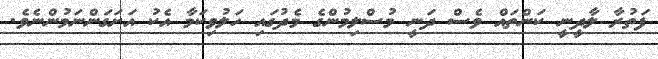
ފަތުރާ ލާދީނީ ކަންތައް ވެސް ދަނީ މުސްލިމުންގެ މެދުގައި ހަލުވިކަމާ އެކު އަށަގަންނަމުންނެވެ.